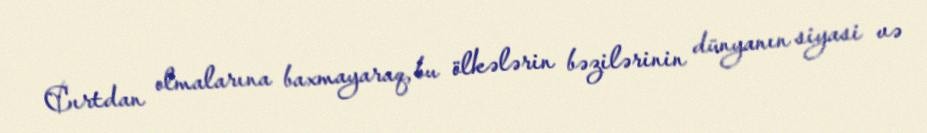
Cırtdan olmalarına baxmayaraq, bu ölkələrin bəzilərinin dünyanın siyasi və